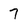
Character: 7